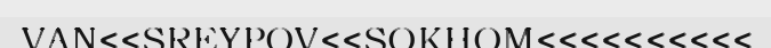
VAN<<SREYPOV<<SOKHOM<<<<<<<<<<